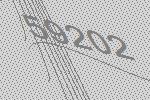
59202